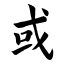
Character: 或